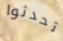
تحدثوا